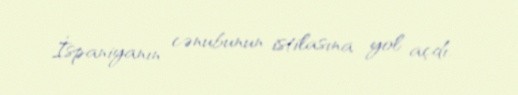
İspaniyanın cənubunun istilasına yol açdı.